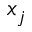
x _ { j }